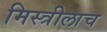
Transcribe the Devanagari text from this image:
मिस्त्रीलाच